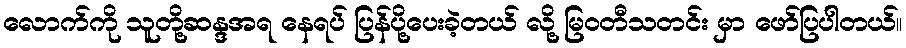
လောက်ကို သူတို့ဆန္ဒအရ နေရပ် ပြန်ပို့ပေးခဲ့တယ် လို့ မြဝတီသတင်း မှာ ဖော်ပြပါတယ်။